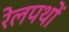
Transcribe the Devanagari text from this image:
रेलपथों